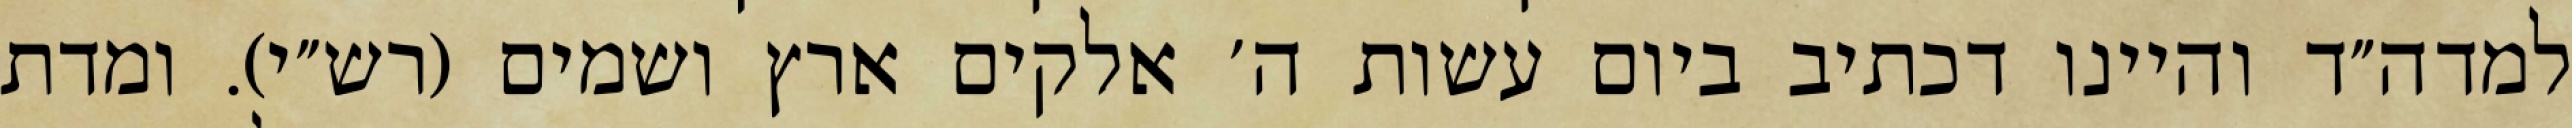
למדה״ד והיינו דכתיב ביום עשות ה׳ אלקים ארץ ושמים (רש״י). ומדת